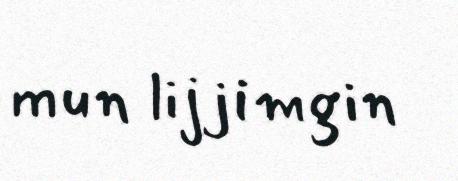
mun lijjimgin